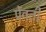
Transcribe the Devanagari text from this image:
प्रेंवती